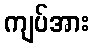
ကျပ်အား